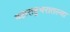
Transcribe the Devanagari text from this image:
महाराष्ट्रभरातल्या